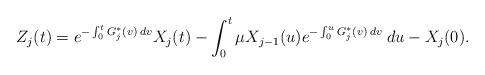
LaTeX: \begin{align*}Z_j(t) = e^{-\int_0^t G_j^*(v) \: dv} X_j(t) - \int_0^t \mu X_{j-1}(u) e^{-\int_0^u G_j^*(v) \: dv} \: du - X_j(0).\end{align*}